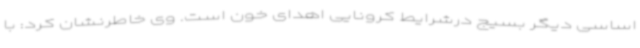
اساسی دیگر بسیج درشرایط کرونایی اهدای خون است. وی خاطرنشان کرد: با